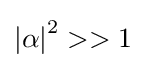
\left\vert \alpha \right\vert ^{2}>>1